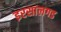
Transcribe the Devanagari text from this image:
इरसालगड